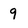
Character: 9